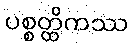
ပစ္စတ္ထိကဿ